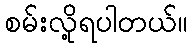
စမ်းလို့ရပါတယ်။